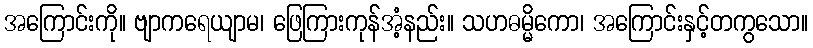
အကြောင်းကို။ ဗျာကရေယျာမ၊ ဖြေကြားကုန်အံ့နည်း။ သဟဓမ္မိကော၊ အကြောင်းနှင့်တကွသော။